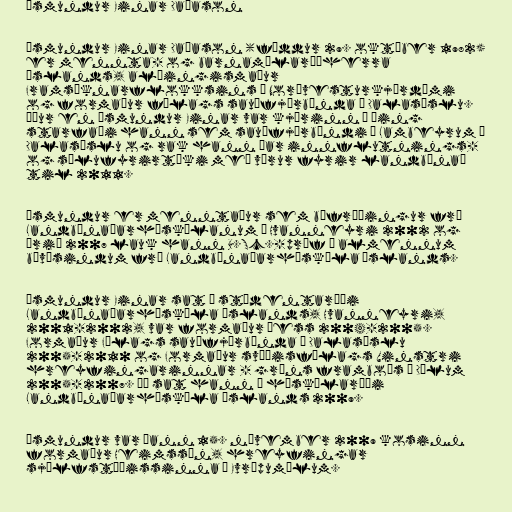
Ásmundur Einar Daðason

Ásmundur Einar Daðason (fæddur 29. október 1982)
er mennta- og barnamálaráðherra
Íslands, alþingismaður
Framsóknarflokksins í Norðvesturkjördæmi
og formaður félags sauðfjárbænda í Dalasýslu.
Áður en Ásmundur Einar var kjörinn á þing
starfaði hann sem sauðfjárbóndi á Lambeyrum í
Dalasýslu og rak hann þar innflutnings-
og sölufyrirtæki með vörur fyrir landbúnað
til 2011.

Ásmundur er menntaður sem búfræðingur frá
Landbúnaðarháskólanum á Hvanneyri 2002 og
árið 2007 lauk hann B.Sc.-próf í almennum
búvísindum frá Landbúnaðarháskóla Íslands.

Ásmundur Einar sat í stúdentaráði
Landbúnaðarháskóla Íslands, Hvanneyri,
2001-2002, var formaður þess 2004-2005.
Formaður Félags sauðfjárbænda í Dalasýslu
2005-2010 og Formaður svæðisfélags Vinstri
hreyfingarinnar - græns framboðs í Dölum
2005-2007. Þá sat hann í háskólaráði
Landbúnaðarháskóla Íslands 2009.

Ásmundur var þann 15. nóvember 2009 kosinn
formaður Heimssýn, hreyfingar
sjálfstæðissinna í Evrópumálum.